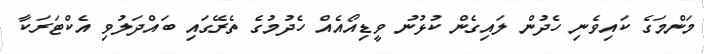
މަންމަގެ ކައިވެނި ހެދުން ލައިގެން ކުޅުނު ވީޑިއޯއެއް ހެދުމުގެ ތެރޭގައި ބައްދަލުވި އެކްޓަރަކާ